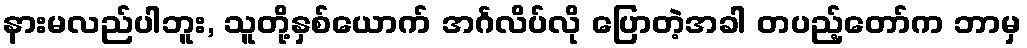
နားမလည်ပါဘူး, သူတို့နှစ်ယောက် အင်္ဂလိပ်လို ပြောတဲ့အခါ တပည့်တော်က ဘာမှ